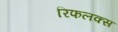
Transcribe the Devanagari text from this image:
रिफलक्स